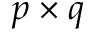
p \times q